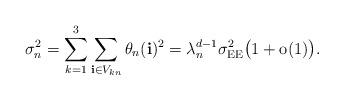
LaTeX: \begin{align*}\sigma_n^2 = \sum_{k=1}^3\sum_{\mathbf{i}\in V_{kn}} \theta _n(\mathbf{i})^2 = {\lambda}_{n}^{d-1}\sigma^2_{\mathrm{EE}}\bigl(1+\mathrm{o}(1)\bigr).\end{align*}